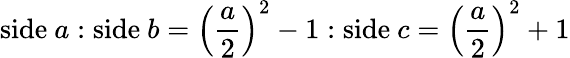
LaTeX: {\mathrm{side~}}a:{\mathrm{side~}}b=\left({\frac{a}{2}}\right)^{2}-1:{\mathrm{side~}}c=\left({\frac{a}{2}}\right)^{2}+1